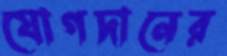
যোগদানের